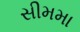
સીમમા